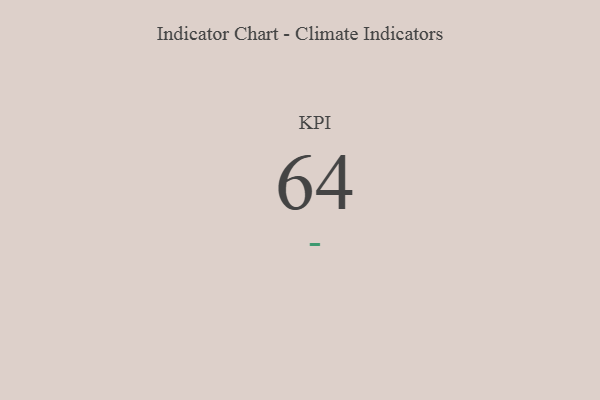
{"axis": {"x": "KPI", "y": "Value"}, "legend": [""], "data": [{"x": "KPI", "y": 64, "type": ""}]}